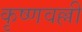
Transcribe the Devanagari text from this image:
कृष्णवल्ली